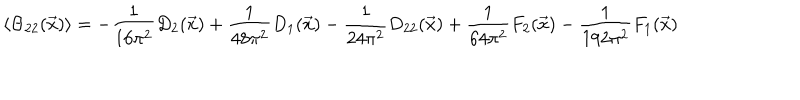
LaTeX: \left\langle \Theta _ { 2 2 } ( \vec { x } ) \right\rangle = - \frac { 1 } { 1 6 \pi ^ { 2 } } D _ { 2 } ( \vec { x } ) + \frac { 1 } { 4 8 \pi ^ { 2 } } D _ { 1 } ( \vec { x } ) - \frac { 1 } { 2 4 \pi ^ { 2 } } D _ { 2 2 } ( \vec { x } ) + \frac { 1 } { 6 4 \pi ^ { 2 } } F _ { 2 } ( \vec { x } ) - \frac { 1 } { 1 9 2 \pi ^ { 2 } } F _ { 1 } ( \vec { x } )